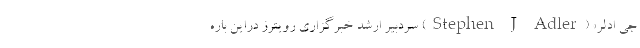
جی اَدلر» (Stephen J Adler) سردبیر ارشد خبرگزاری رویترز دراین باره